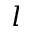
l